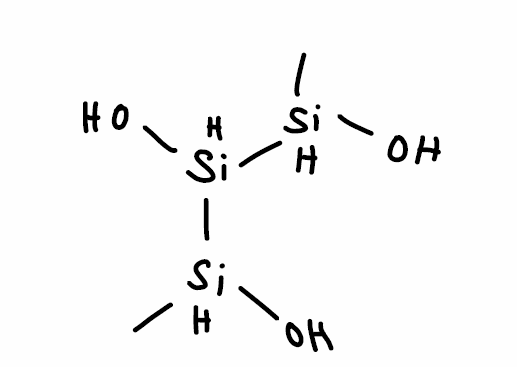
Simplified molecular-input line-entry system (SMILES) notation of the given molecule:
C[SiH](O)[SiH](O)[SiH](C)O